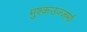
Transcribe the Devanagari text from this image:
मुश्कउज्जमां